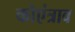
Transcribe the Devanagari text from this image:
कोएंत्राव